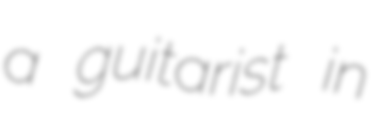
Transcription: a guitarist in